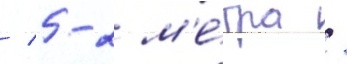
/ 5-2 м'е́тра /